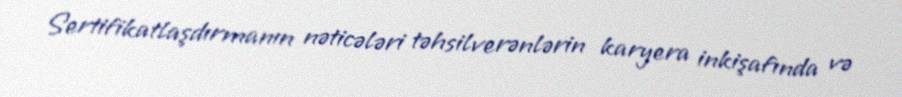
Sertifikatlaşdırmanın nəticələri təhsilverənlərin karyera inkişafında və